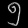
Digit: ၅